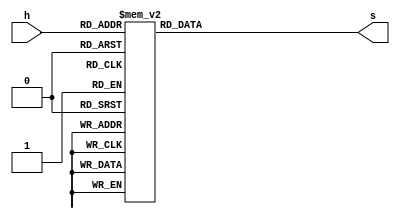
module hex_decoder(input[3:0] h, output reg[6:0] s);

	always @(*) begin
		case(h)
			4'h0: s =  7'b1000000;
			4'h1: s =  7'b1111001;
			4'h2: s =  7'b0100100;
			4'h3: s =  7'b0110000;
			4'h4: s =  7'b0011001;
			4'h5: s =  7'b0010010;
			4'h6: s =  7'b0000010;
			4'h7: s =  7'b1111000;
			4'h8: s =  7'b0000000;
			4'h9: s =  7'b0011000;
			4'hA: s =  7'b0001000;
			4'hB: s =  7'b0000011;
			4'hC: s =  7'b1000110;
			4'hD: s =  7'b0100001;
			4'hE: s =  7'b0000110;
			4'hF: s =  7'b0001110;
		endcase
	end

endmodule